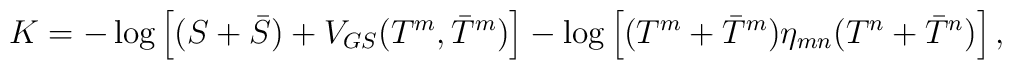
K=-\log\left[(S+\bar{S})+V_{GS}(T^m,\bar{T}^m)\right]-\log\left[(T^m+\bar{T}^m)\eta_{mn}(T^n+\bar{T}^n)\right],